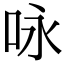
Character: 咏